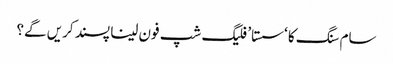
سام سنگ کا ‘سستا’ فلیگ شپ فون لینا پسند کریں گے؟